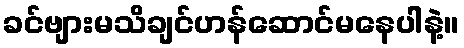
ခင်ဗျားမသိချင်ဟန်ဆောင်မနေပါနဲ့။